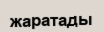
жаратады